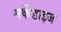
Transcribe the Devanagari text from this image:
मर्केडाइज